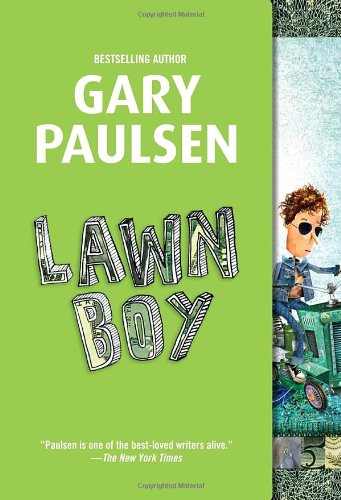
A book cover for Lawn Boy; Gary Paulsen; Children's Books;